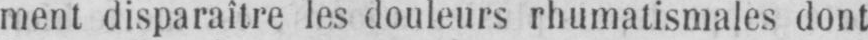
ment disparaître les douleurs rhumatismales dont